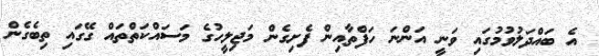
އެ ބައްދަލުވުމުގައި ވަނީ އަންނަ ހަފްތާއިން ފެށިގެން މަޖިލީހުގެ މަސައްކަތްތައް ގޭގައި ތިބެގެން